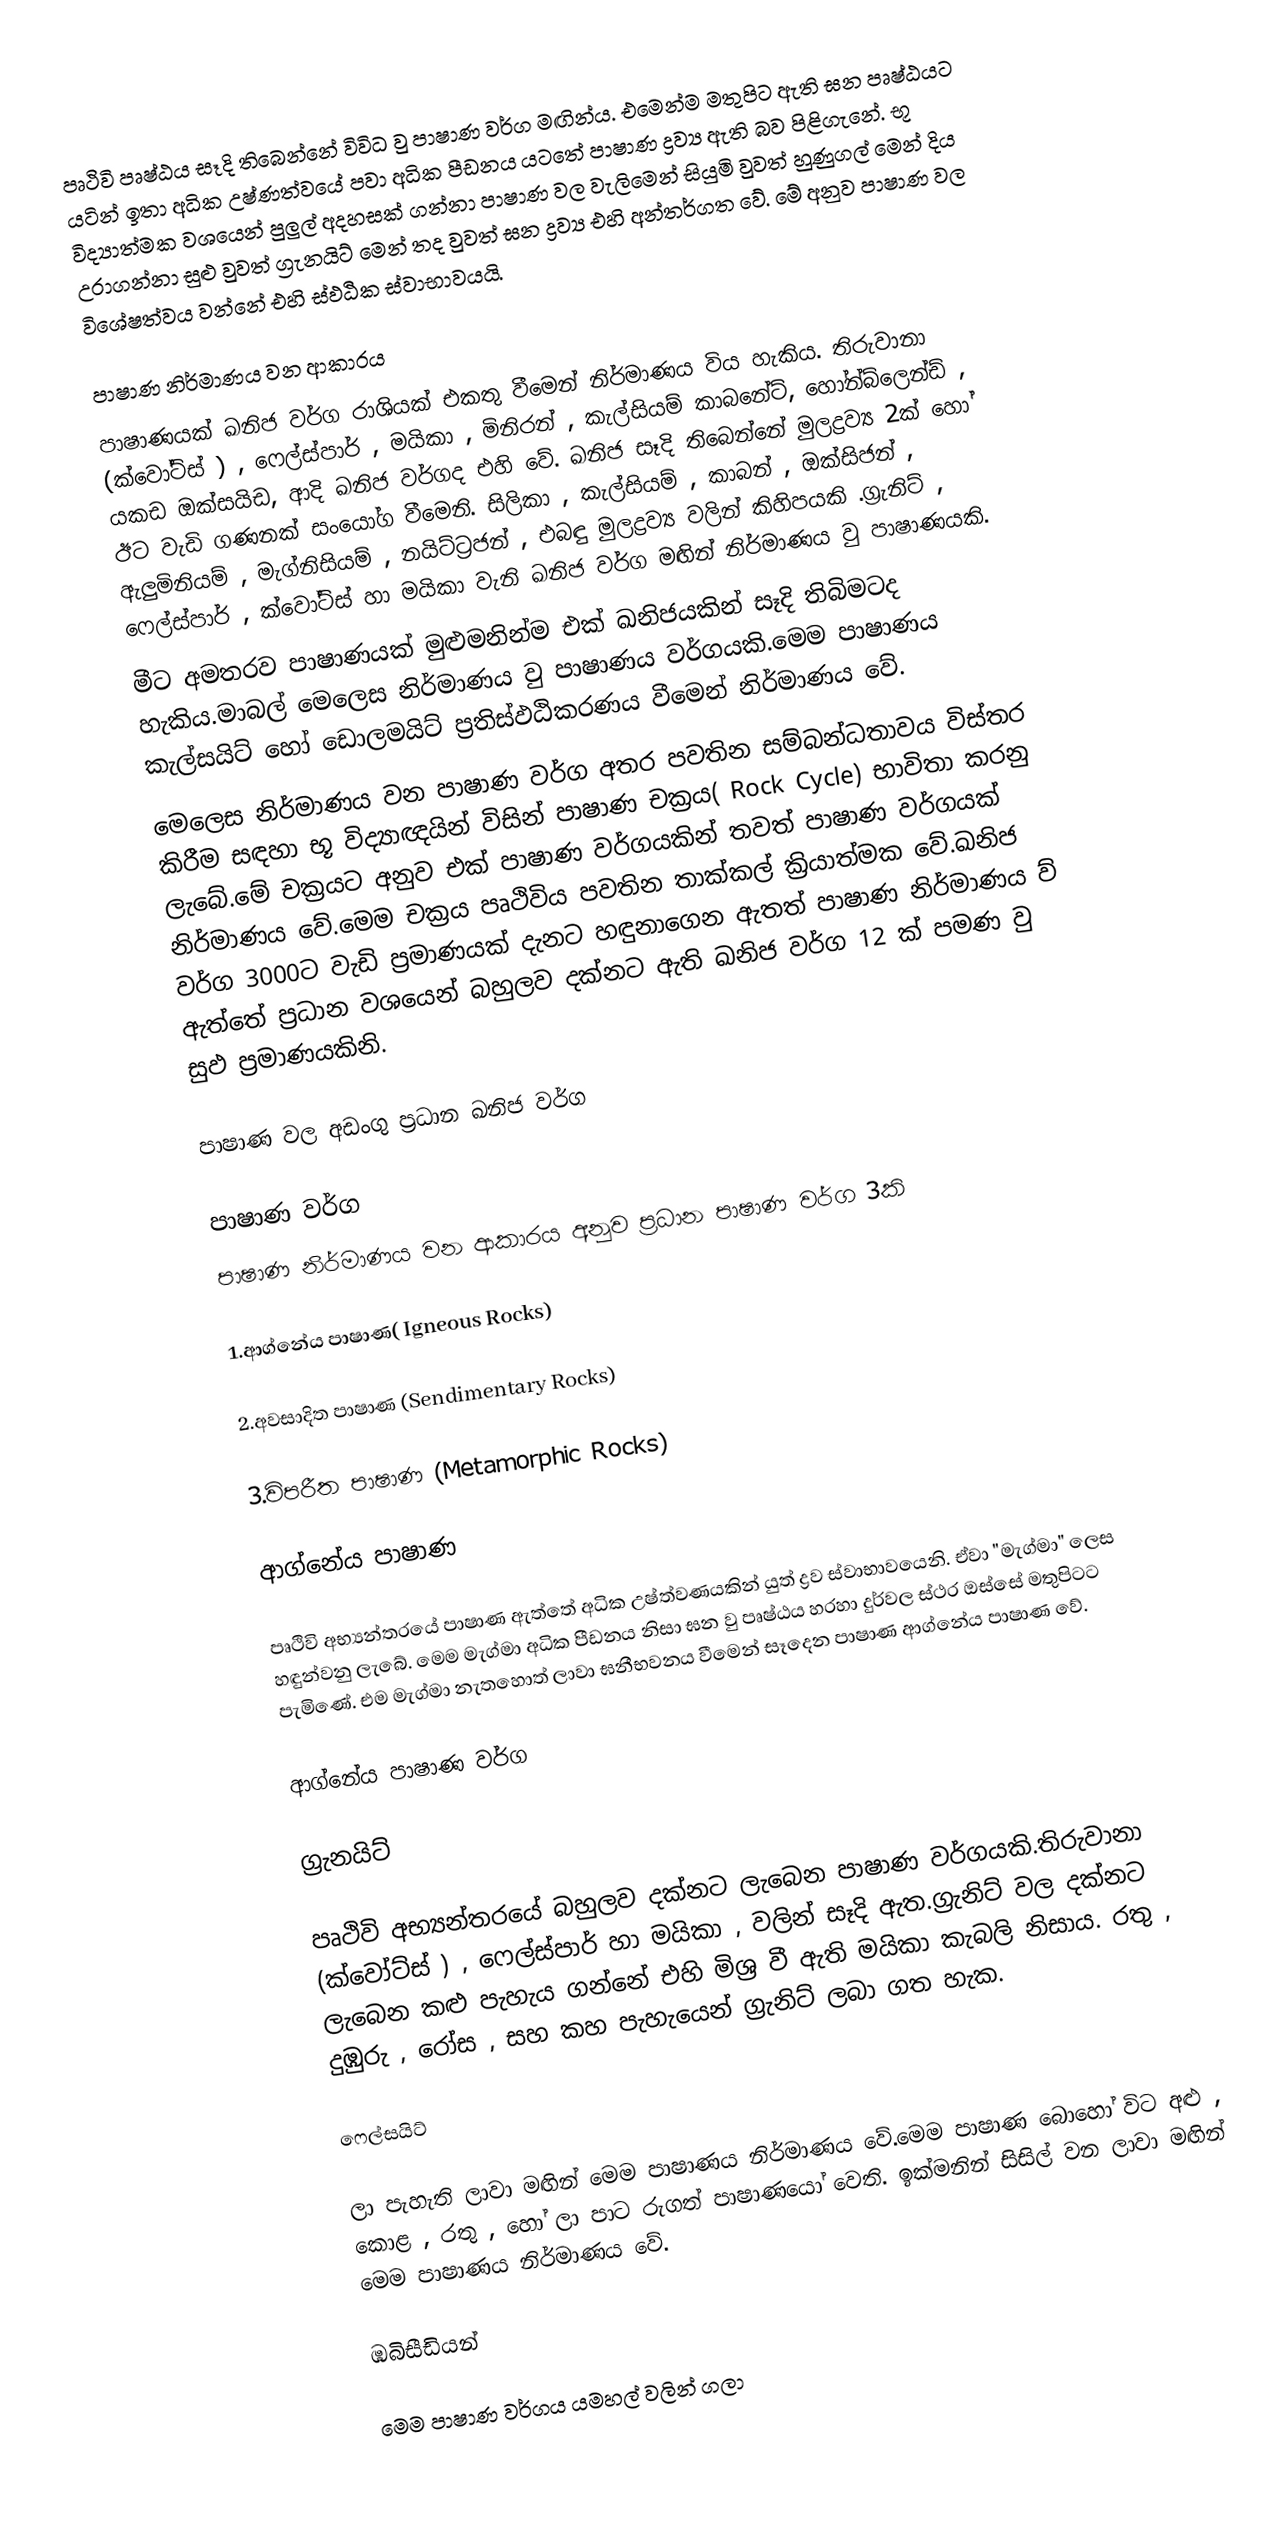
පෘථිවි පෘෂ්ඨය සෑදි තිබෙන්නේ විවිධ වු පාෂාණ වර්ග මඟින්ය. එමෙන්ම මතුපිට ඇති ඝන පෘෂ්ඨයට යටින් ඉතා අධික උෂ්ණත්වයේ පවා අධික පීඩනය යටතේ පාෂාණ ද්‍රව්‍ය ඇති බව පිළිගැනේ. භූ විද්‍යාත්මක වශයෙන් පුලුල් අදහසක් ගන්නා පාෂාණ වල වැලිමෙන් සියුමි වුවත් හුණුගල් මෙන් දිය උරාගන්නා සුළු වුවත් ග්‍රැනයිට් මෙන් තද වුවත් ඝන ද්‍රව්‍ය එහි අන්තර්ගත වේ. මේ අනුව පාෂාණ වල විශේෂත්වය වන්නේ එහි ස්ඵඨික ස්වාභාවයයි.

පාෂාණ නිර්මාණය වන ආකාරය
	පාෂාණයක් ඛනිජ වර්ග රාශියක් එකතු වීමෙන් නිර්මාණය විය හැකිය. තිරුවානා (ක්වෝට්ස් ) , ෆෙල්ස්පාර් , මයිකා , මිනිරන් , කැල්සියම් කාබනේට්, හෝන්බ්ලෙන්ඩ් , යකඩ ඔක්සයිඩ, ආදි ඛනිජ වර්ගද එහි වේ. ඛනිජ සෑදි තිබෙන්නේ මුලද්‍රව්‍ය 2ක් හෝ ඊට වැඩි ගණනක් සංයෝග වීමෙනි. සිලිකා , කැල්සියම් , කාබන් ,  ඔක්සිජන් , ඇලුමිනියම් , මැග්නිසියම් , නයිට්ට්‍රජන් , එබඳු මුලද්‍රව්‍ය වලින් කිහිපයකි .ග්‍රැනිට් , ෆෙල්ස්පාර් , ක්වෝට්ස් හා මයිකා වැනි ඛනිජ වර්ග මඟින් නිර්මාණය වු පාෂාණයකි.
මීට අමතරව පාෂාණයක් මුළුමනින්ම එක් ඛනිජයකින් සෑදි තිබිමටද හැකිය.මාබල් මෙලෙස නිර්මාණය වු පාෂාණය වර්ගයකි.මෙම පාෂාණය කැල්සයිට් හෝ ඩොලමයිට් ප්‍රතිස්ඵඨිකරණය වීමෙන් නිර්මාණය වේ.
මෙලෙස නිර්මාණය වන පාෂාණ වර්ග අතර පවතින සම්බන්ධතාවය විස්තර කිරීම සඳහා භූ විද්‍යාඥයින් විසින් පාෂාණ චක්‍රය( Rock Cycle) භාවිතා කරනු ලැබේ.මේ චක්‍රයට අනුව එක් පාෂාණ වර්ගයකින් තවත් පාෂාණ වර්ගයක් නිර්මාණය වේ.මෙම චක්‍රය පෘථිවිය පවතින තාක්කල් ක්‍රියාත්මක වේ.ඛනිජ වර්ග 3000ට වැඩි ප්‍රමාණයක් දැනට හඳුනාගෙන ඇතත් පාෂාණ නිර්මාණය ව් ඇත්තේ ප්‍රධාන වශයෙන් බහුලව දක්නට ඇති ඛනිජ වර්ග 12 ක් පමණ වු සුඵ ප්‍රමාණයකිනි.

පාෂාණ වල අඩංගු ප්‍රධාන ඛනිජ වර්ග

පාෂාණ වර්ග
පාෂාණ නිර්මාණය වන ආකාරය අනුව ප්‍රධාන පාෂාණ වර්ග 3කි

1.ආග්නේය පාෂාණ( Igneous Rocks)

2.අවසාදිත පාෂාණ (Sendimentary Rocks)

3.විපරීත පාෂාණ (Metamorphic Rocks)

ආග්නේය පාෂාණ

පෘථිවි අභ්‍යන්තරයේ පාෂාණ ඇත්තේ අධික උෂ්ත්වණයකින් යුත් ද්‍රව ස්වාභාවයෙනි. ඒවා "මැග්මා" ලෙස හඳුන්වනු  ලැබේ. මෙම මැග්මා අධික පීඩනය නිසා ඝන වු පෘෂ්ඨය හරහා දුර්වල ස්ථර ඔස්සේ මතුපිටට පැමිණේ. එම මැග්මා නැතහොත් ලාවා ඝනීභවනය වීමෙන් සෑදෙන පාෂාණ ආග්නේය පාෂාණ වේ.

ආග්නේය පාෂාණ වර්ග

ග්‍රැනයිට්

පෘථිවි අභ්‍යන්තරයේ  බහුලව දක්නට ලැබෙන පාෂාණ වර්ගයකි.තිරුවානා (ක්වෝට්ස් ) , ෆෙල්ස්පාර් හා මයිකා , වලින් සෑදි ඇත.ග්‍රැනිට් වල දක්නට ලැබෙන කළු පැහැය ගන්නේ එහි මිශ්‍ර වී ඇති මයිකා කැබලි නිසාය. රතු , දුඹුරු , රෝස , සහ කහ පැහැයෙන් ග්‍රැනිට් ලබා ගත හැක.

ෆෙල්සයිට්

ලා පැහැති ලාවා මඟින් මෙම පාෂාණය නිර්මාණය වේ.මෙම පාෂාණ බොහෝ විට අළු , කොළ , රතු , හෝ ලා පාට රුගත් පාෂාණයෝ වෙති. ඉක්මනින් සිසිල් වන ලාවා මඟින් මෙම පාෂාණය නිර්මාණය වේ.

ඹබිසීඩියන්

මෙම පාෂාණ වර්ගය යමහල් වලින් ගලා